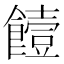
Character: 饐